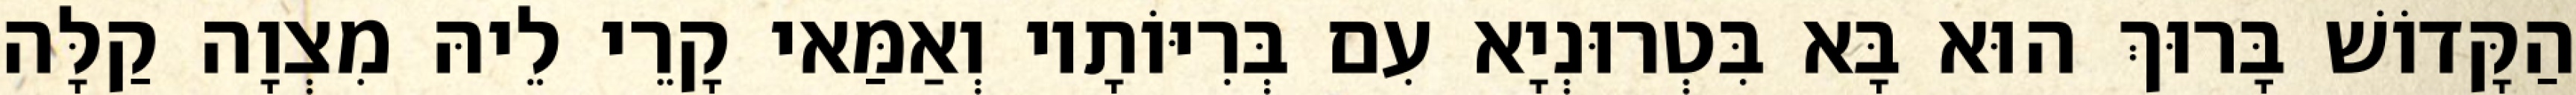
הַקָּדוֹשׁ בָּרוּךְ הוּא בָּא בִּטְרוּנְיָא עִם בְּרִיּוֹתָיו וְאַמַּאי קָרֵי לֵיהּ מִצְוָה קַלָּה